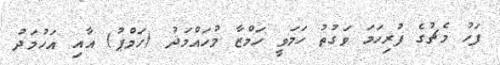
ފަހު މެޗުގެ ފުރިހަމަ ވަގުތު ހަމަވީ ހަމްޒާ މުހައްމަދު (ހަމްޕު) އާއި އަހުމަދު